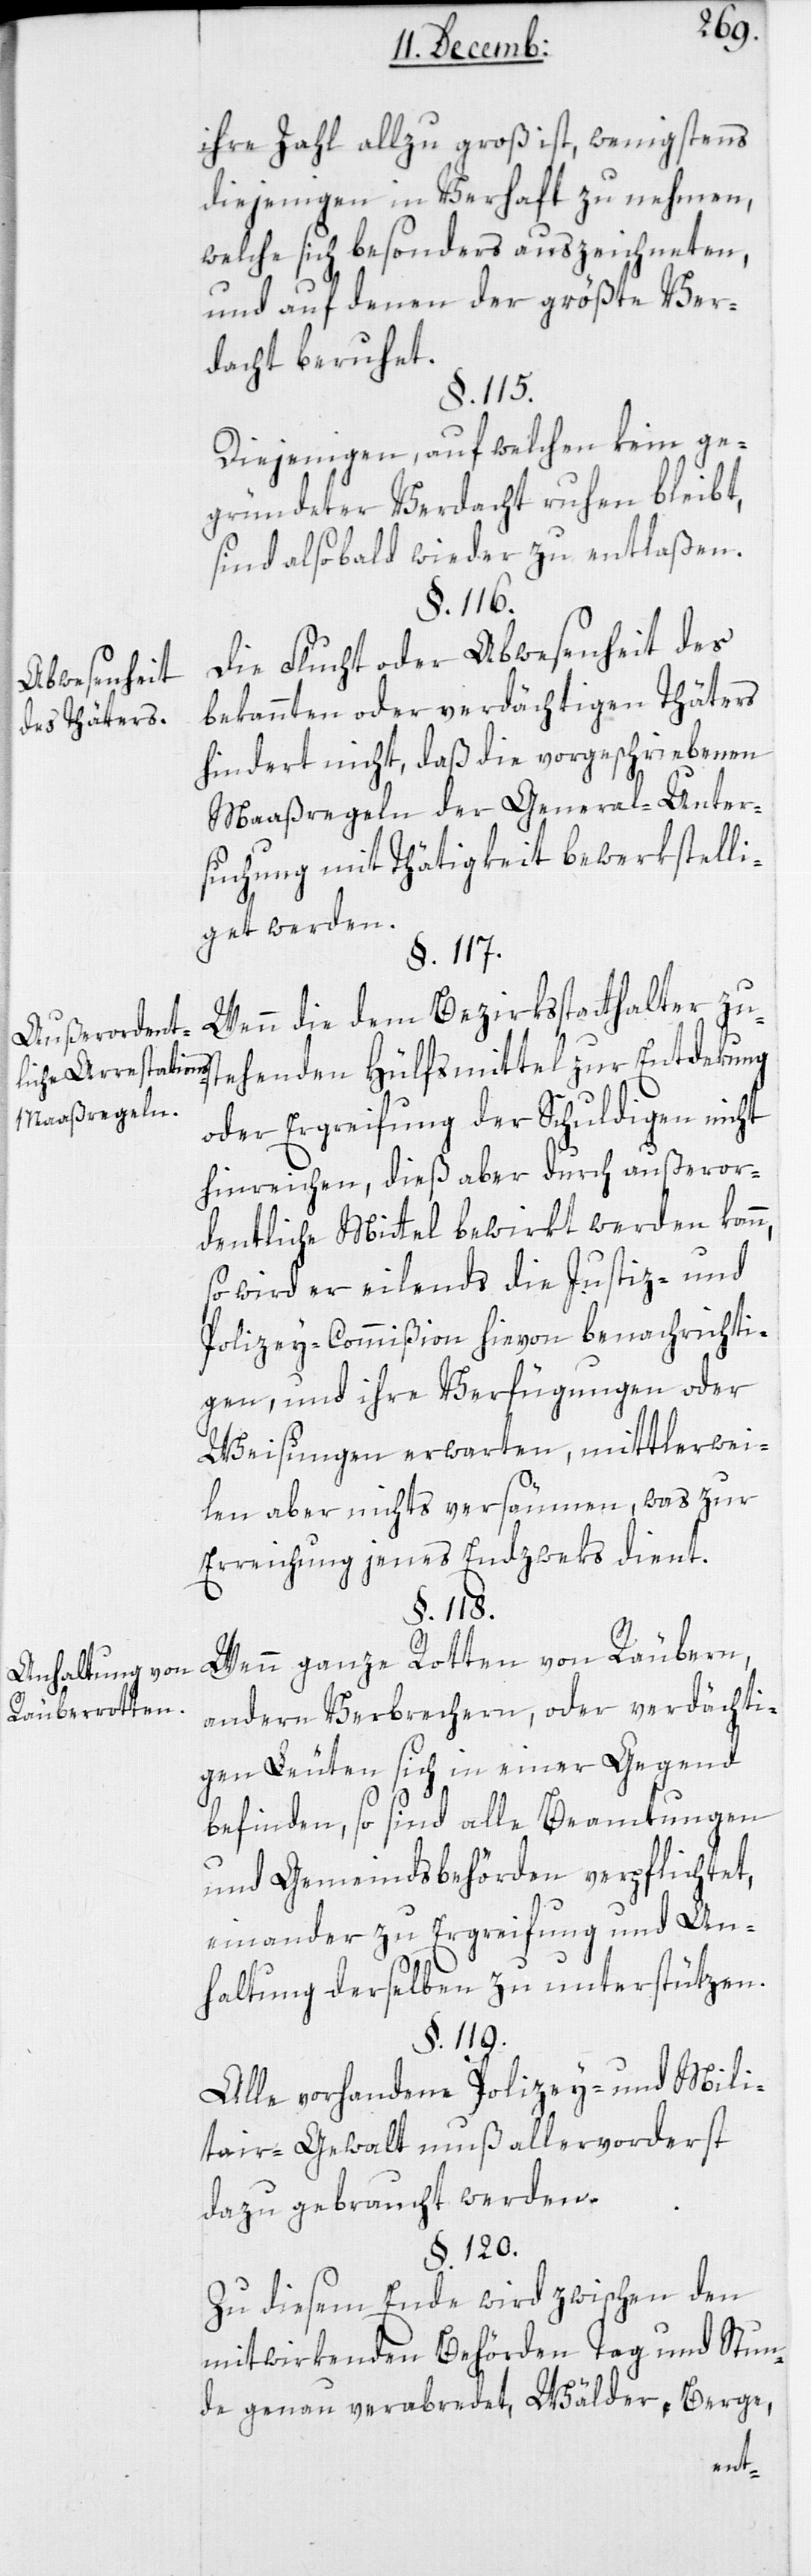
Abwesenheit
des Thäters.
Anhaltung von
Räuberrotten.

ihre Zahl allzu groß ist, wenigstens
diejenigen in Verhaft zu nehmen,
welche sich besonders auszeichneten,
und auf denen der größte Ver¬
dacht beruhet.
§. 118.
Diejenigen, auf welchen kein ge¬
gründeter Verdacht ruhen bleibt,
sind alsobald wieder zu entlaßen.
§. 116.
Die Flucht oder Abwesenheit des
bekannten oder verdächtigen Thäters
hindert nicht, daß die vorgeschriebenen
Maaßregeln der General-Unter¬
suchung mit Thätigkeit bewerkstelli¬
get werden.
§. 117.
Wenn die dem Bezirksstatthalter zu¬
stehenden Hülfsmittel zur Entdekung
oder Ergreifung der Schuldigen nicht
hinreichen, dieß aber durch außeror¬
dentliche Mittel bewirkt werden kann,
so wird er eilends die Justiz- und
Polizey-Commißion hievon benachrichti¬
gen, und ihre Verfügungen oder
Weisungen erwarten, mittlerwei¬
len aber nichts versäumen, was zur
Erreichung jenes Endzweks dient.
Wenn ganze Rotten von Räubern,
andern Verbrechern oder verdächti¬
gen Leuten sich in einer Gegend
befinden, so sind alle Beamtungen
und Gemeindsbehörden verpflichtet,
einander zu Ergreifung und An¬
haltung derselben zu unterstützen.
§. 119.
Alle vorhandene Polizey- und Mili¬
tair-Gewalt muß allervorderst
dazu gebraucht werden.
§. 120.
Zu diesem Ende wird zwischen den
mitwirkenden Behörden Tag und Stun¬
de genau verabredet, Wälder, Berge,